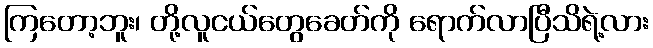
ကြတော့ဘူး၊ တို့လူငယ်တွေခေတ်ကို ရောက်လာပြီသိရဲ့လား